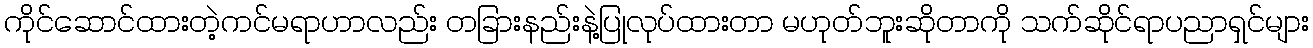
ကိုင်ဆောင်ထားတဲ့ကင်မရာဟာလည်း တခြားနည်းနဲ့ပြုလုပ်ထားတာ မဟုတ်ဘူးဆိုတာကို သက်ဆိုင်ရာပညာရှင်များ